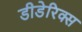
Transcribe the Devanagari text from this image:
डीडेरिक्स